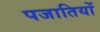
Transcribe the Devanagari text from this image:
पजातियों